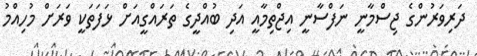
ދަރިވަރުންގެ ޖިސްމާނީ ނަފްސާނީ އިޖްތިމާއީ އަދި ބުއްދީގެ ތަރައްގީއަށް ޅަފަތަކީ ވަރަށް މުހިއްމު